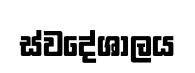
ස්වදේශාලය